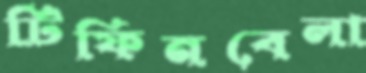
টিফিনবেলা